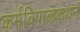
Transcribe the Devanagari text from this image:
कर्मविपाककथनं